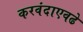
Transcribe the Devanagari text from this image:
करवंदाएवढे